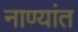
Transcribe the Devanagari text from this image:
नाण्यांत